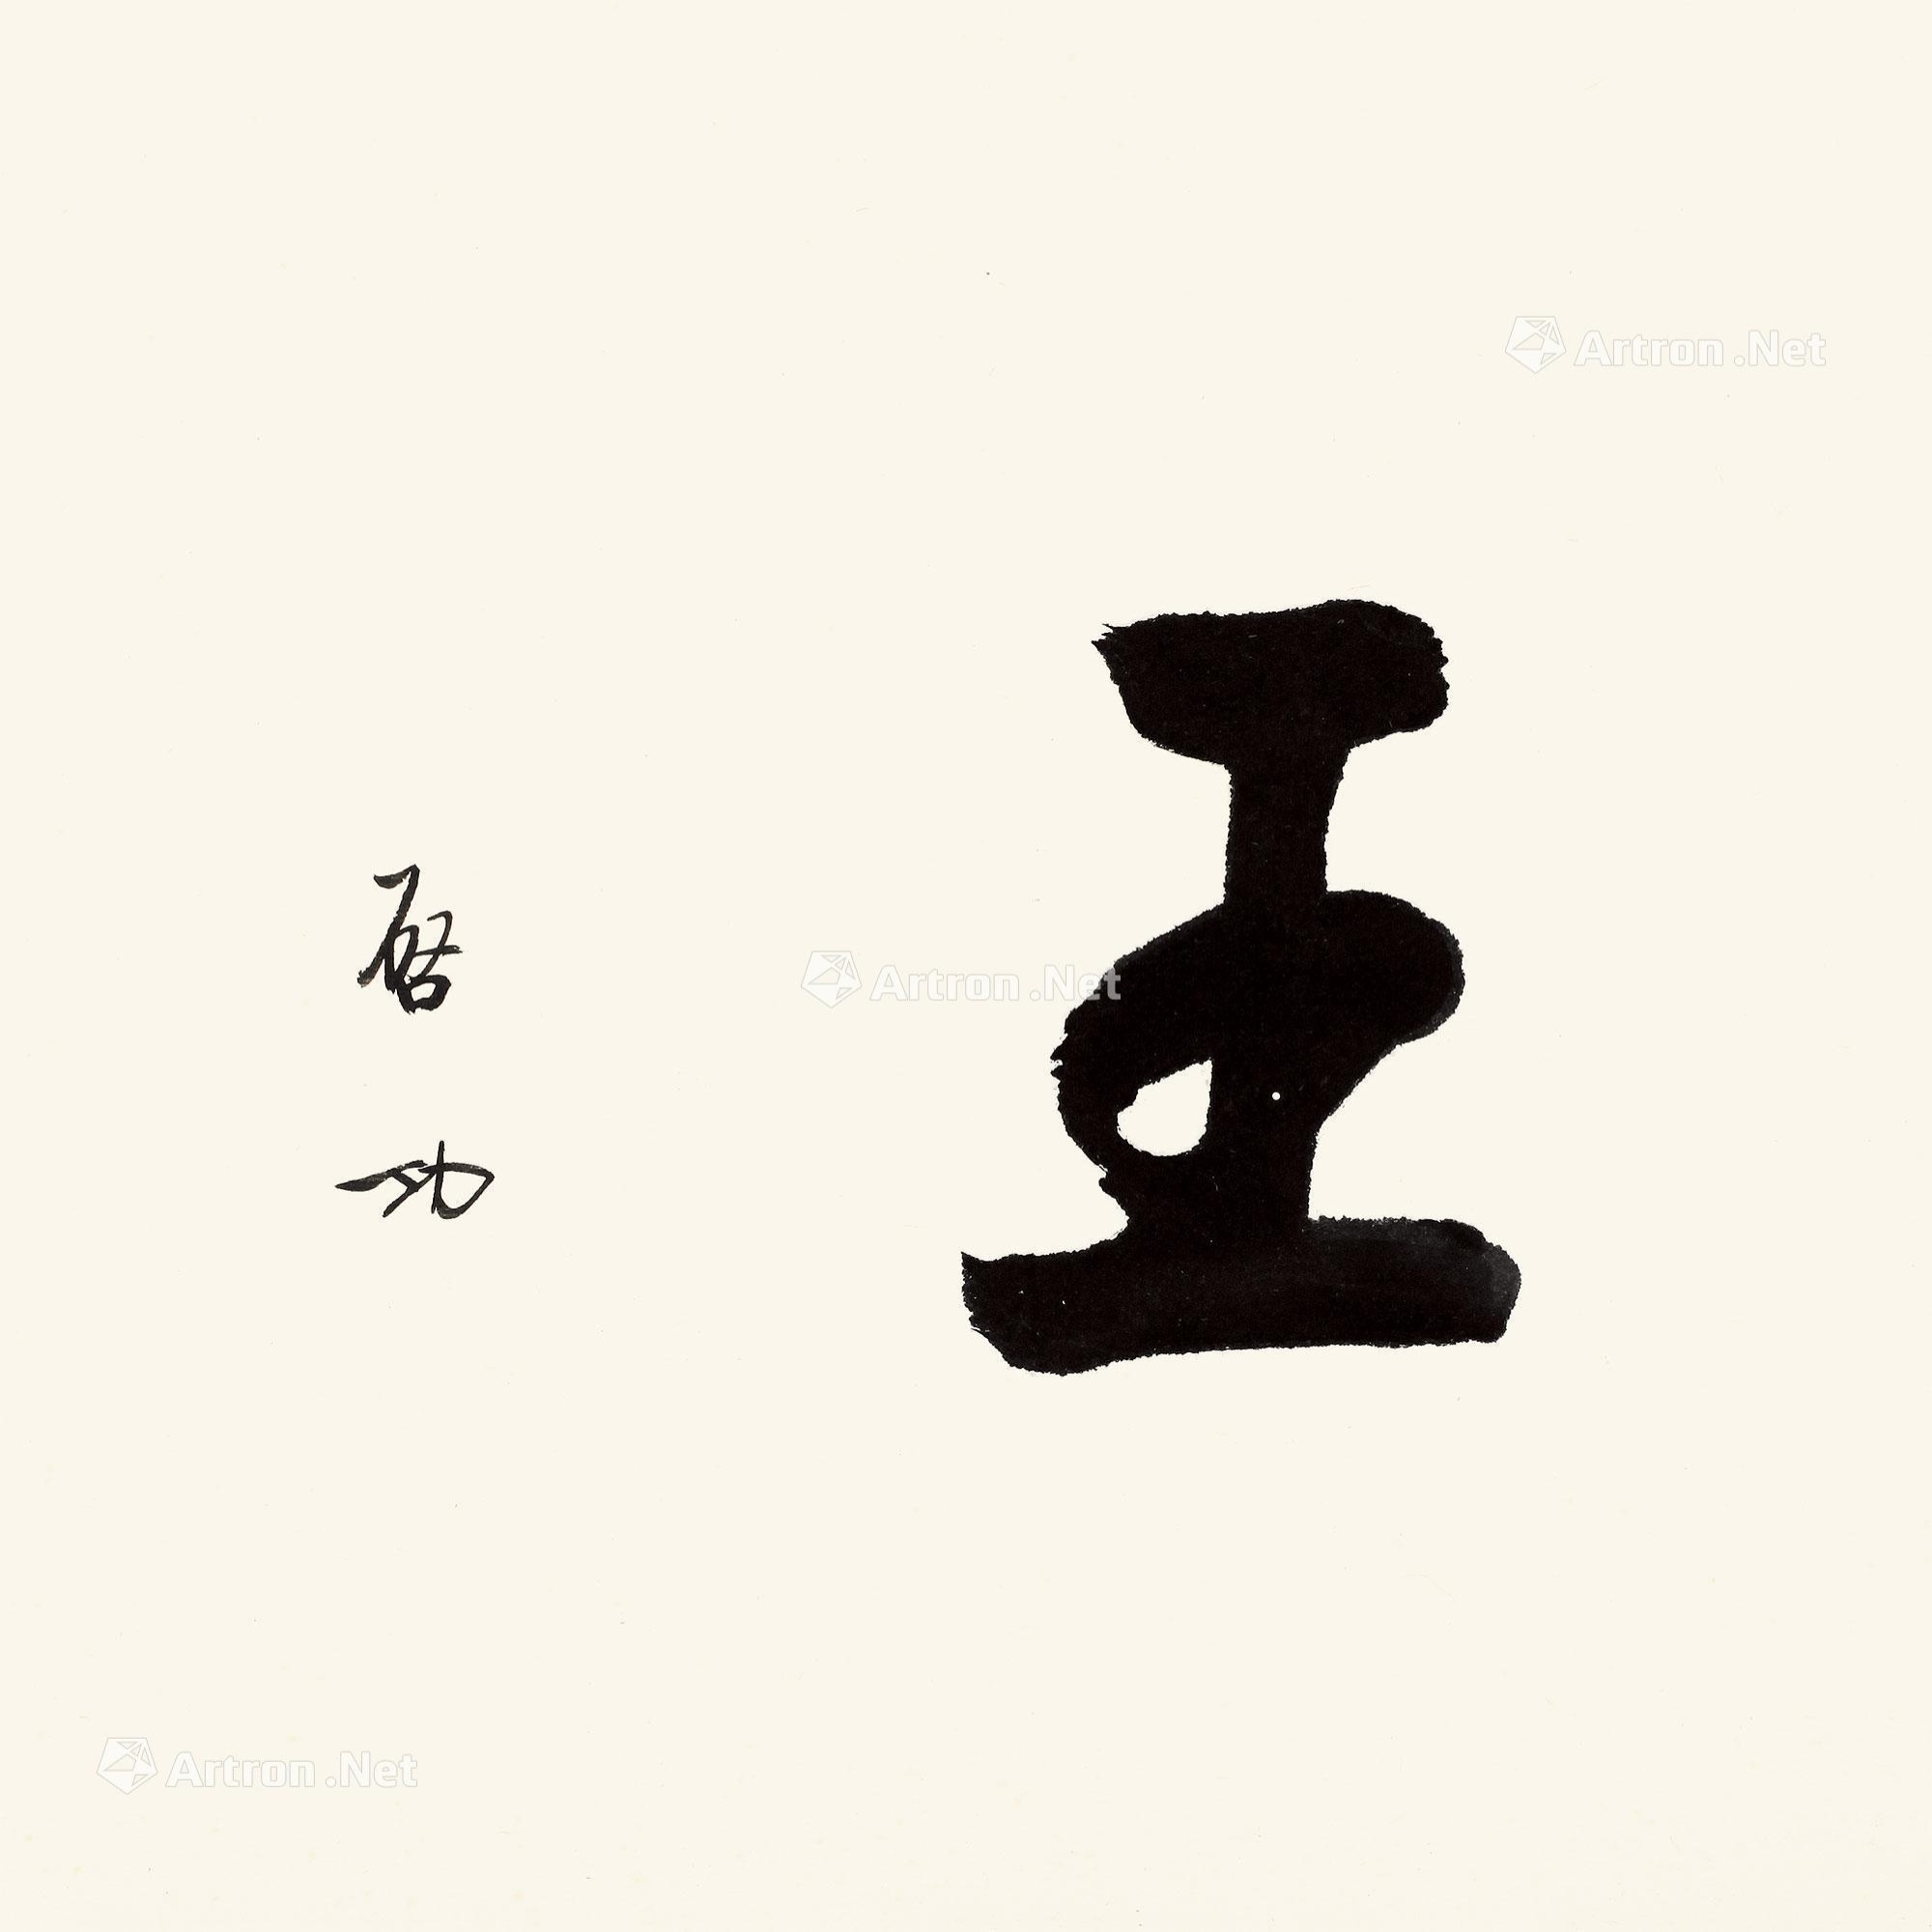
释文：王。启功。